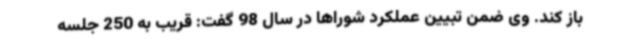
باز کند. وی ضمن تبیین عملکرد شوراها در سال 98 گفت: قریب به 250 جلسه